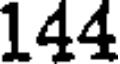
144